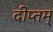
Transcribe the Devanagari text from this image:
दीप्तम्